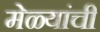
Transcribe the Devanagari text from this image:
मेळ्यांची